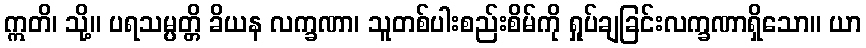
ဣတိ၊ သို့။ ပရသမ္ပတ္တိ ခိယန လက္ခဏာ၊ သူတစ်ပါးစည်းစိမ်ကို ရှုပ်ချခြင်းလက္ခဏာရှိသော။ ယာ